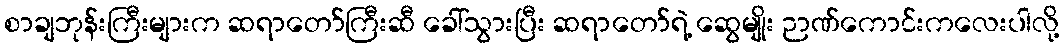
စာချဘုန်းကြီးများက ဆရာတော်ကြီးဆီ ခေါ်သွားပြီး ဆရာတော်ရဲ့ ဆွေမျိုး ဉာဏ်ကောင်းကလေးပါလို့